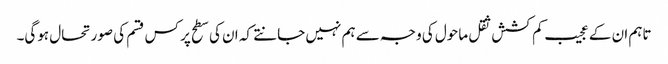
تاہم ان کے عجیب کم کشش ثقل ماحول کی وجہ سے ہم نہیں جانتے کہ ان کی سطح پر کس قسم کی صورتحال ہوگی۔